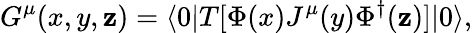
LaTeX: G^{\mu}(x,y,\mathbf{z})=\langle0|T[\Phi(x)J^{\mu}(y)\Phi^{\dagger}(\mathbf{z})]|0\rangle,